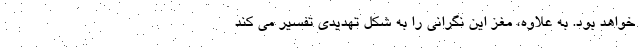
خواهد بود. به علاوه، مغز این نگرانی را به شکل تهدیدی تفسیر می کند